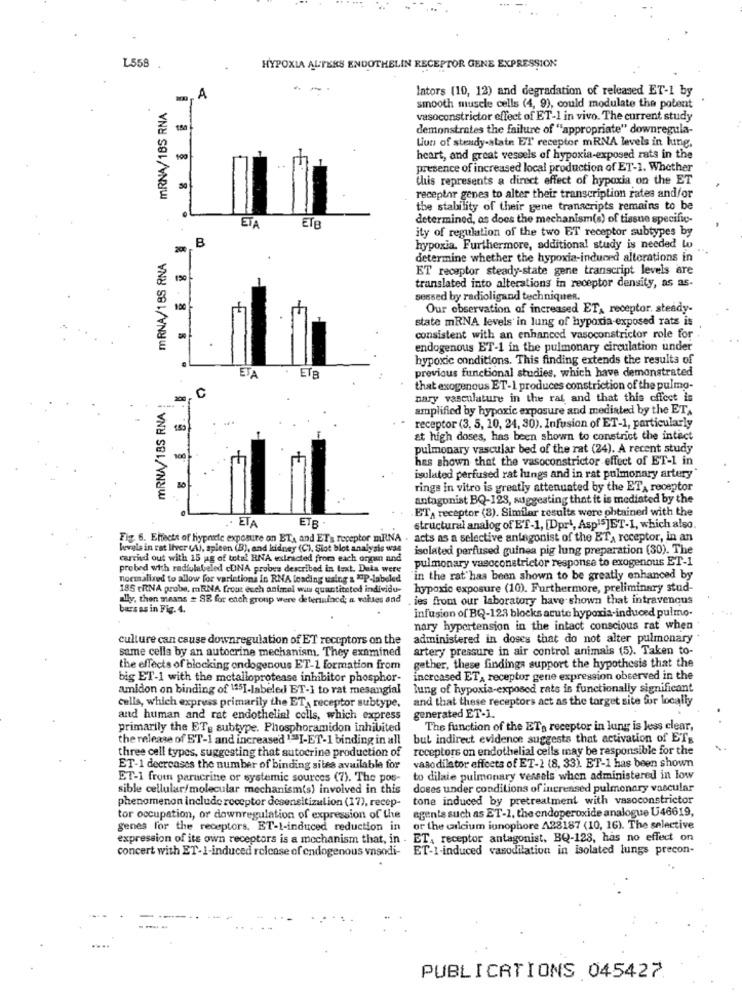
L558
HYPOXIA ALTERS ENDOTHELIN RECEPTOR GENE EXPRESSION
lators (10, 12) and degradation of released ET-1 by
A
MRNA/1BS RNA
smooth muscle cells (4, 9), could modulate the potent
vasoconstrictor effect of ET-1 in vivo. The current study
demonstrates the failure of "appropriate" downregula-
Liun of steady-state ET' receptor mRNA levels in line.
100
heart, and great vessels of hypoxia-exposed rats in the
presence of increased local production of ET-1. Whether
this represents a direct effect of hypoxia on the ET
receptor genes to alter their transcription rates and/or
the stability of their gene transcripts remains to be
determined, as does the mechanism(s) of tissue specific-
ETA
ETB
ity of regulation of the two ET receptor subtypes by
B
200
hypoxia. Furthermore, additional study is needed W
mRNA/18S RNA
determine whether the hypoxia-induced alterations in
ET receptor steady-state gene transcript levels are
translated into alterations in receptor density, as as-
sessed by radioligand techniqueR.
Our observation of increased ET, receptor. steady-
state mRNA levels in lung of hypoxia-exposed rats is
consistent with an enhanced vasoconstrictor role for
endogenous ET-1 in the pulmonary circulation under
hypoxic conditions. This finding extends the results of
previous functional studies, which have demonstrated
EJA
. ETB
that exogenous ET-1 produces constriction of the pulmo-
mRNA/18S RNA
C
nary vasculature in the rat and that this cffect is
amplified by hypoxic exposure and mediated by the ET.
· receptor (3, 5, 10, 24, 30). Infusion of ET-1, particularly
at high doses, has been shown to constrict the intact
pulmonary vascular bed of the rat (24). A recent study
has shown that the vasoconstrictor effect of ET-1 in
insulated perfused rat hings and in rat pulmonary artery
rings in vitro is greatly attenuated by the ETA receptor
antagonist BQ-128, suggesting that it is mediated by the
ETA receptor (8). Similar results were obtained with the
.. ETA
ETB
structural analog of ET-1, [Dpr1, Asp15]ET-1, which also.
Fig. 6. Effects of hyperte exposure on ET, and ETs receptor mRNA . acts as a selective antagonist of the ET, receptor, in an
levels in rat liver (AJ, spleen (B), and kidney (C), Siot blot analysis was
isolated perfused guinea pig lung preparation (30). The
carried out with 15 ag of total RNA extracted from each organ and
pulmonary vasoconstrictor response to exogenous ET-1
probed with radiolabeled cUNA probes described in text. Data were
normalized to allow for varictions In RNA loading using a "P-labeled
in the rat has been shown to be greatly enhanced by
185 TRNA probe, mRNA frout esch animel wis quantitetod individu-
hypoxic exposure (10). Furthermore, preliminary stud-
ally, then means # SE for each group were deterinincd; a wahtes and ,ies from our laboratory have shown that intravenous
bars as in Fig. 4.
Infusion of BQ-123 blocks acute hypoxia-induced pulmo-
nary hypertension in the intact conscious rat when
culture can cause downregulation of ET receptors on the
administered in doses that do not alter pulmonary
same cells by an autocrine mechanism. They examined
artery pressure in air control animals (5). Taken to-
the effects of blocking endogenous ET-1 formation from
gether, these findings support the hypothesis that the
big ET-1 with the metalloprotease inhibitor phosphor-
increased ET, receptor gene expression observed in the
amidon on binding of 125]-labeled ET-1 to rat mesangial
lung of hypoxia-exposed rats is functionally significant
and that these receptors act as the target site for locally
cells, which express primarily the ET, receptor subtype,
and human and rat endothelial cells, which express
generated ET-1.
primarily the ET. subtype. Phosphoramidon inhibited
The function of the ETs receptor in lung is less clear,
the release of ET-1 and increased ""I-ET-1 binding in all
but indirect evidence suggests that activation of ETs
three cell types, suggesting that autocrine production of
receptors on endothelial cells may be responsible for the
ET-1 decreases the number of binding sites available for
vaso dilator effects of ET-1 (8, 33). ET-1 has been shown
ET-1 from paracrine or systemic sources (7). The pos-
to dilaie pulmonary vessels when administered in low
sible cellular/molecular mechanism(s) involved in this
doses under conditions of increased pulmonary vascular
tone induced by pretreatment with vasoconstrictor
phenomenon include receptor desensitization (17), recep-
agents such as ET-1, the endoperoxide analogue U46619,
tor occupation, or downregulation of expression of the
genes for the receptors. ET-1-induced reduction in
or the calcium iunophore A28187 (10, 16). The selective
expression of its own receptors is a mechanism that, in . ET, receptor antagonist, BQ-123, has no effect on
concert with ET-1-induced release of endogenous vasodi-
ET-I-induced vasodilation in isolated lungs precon-
PUBLICATIONS 045427